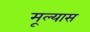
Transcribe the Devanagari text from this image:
मूल्यास